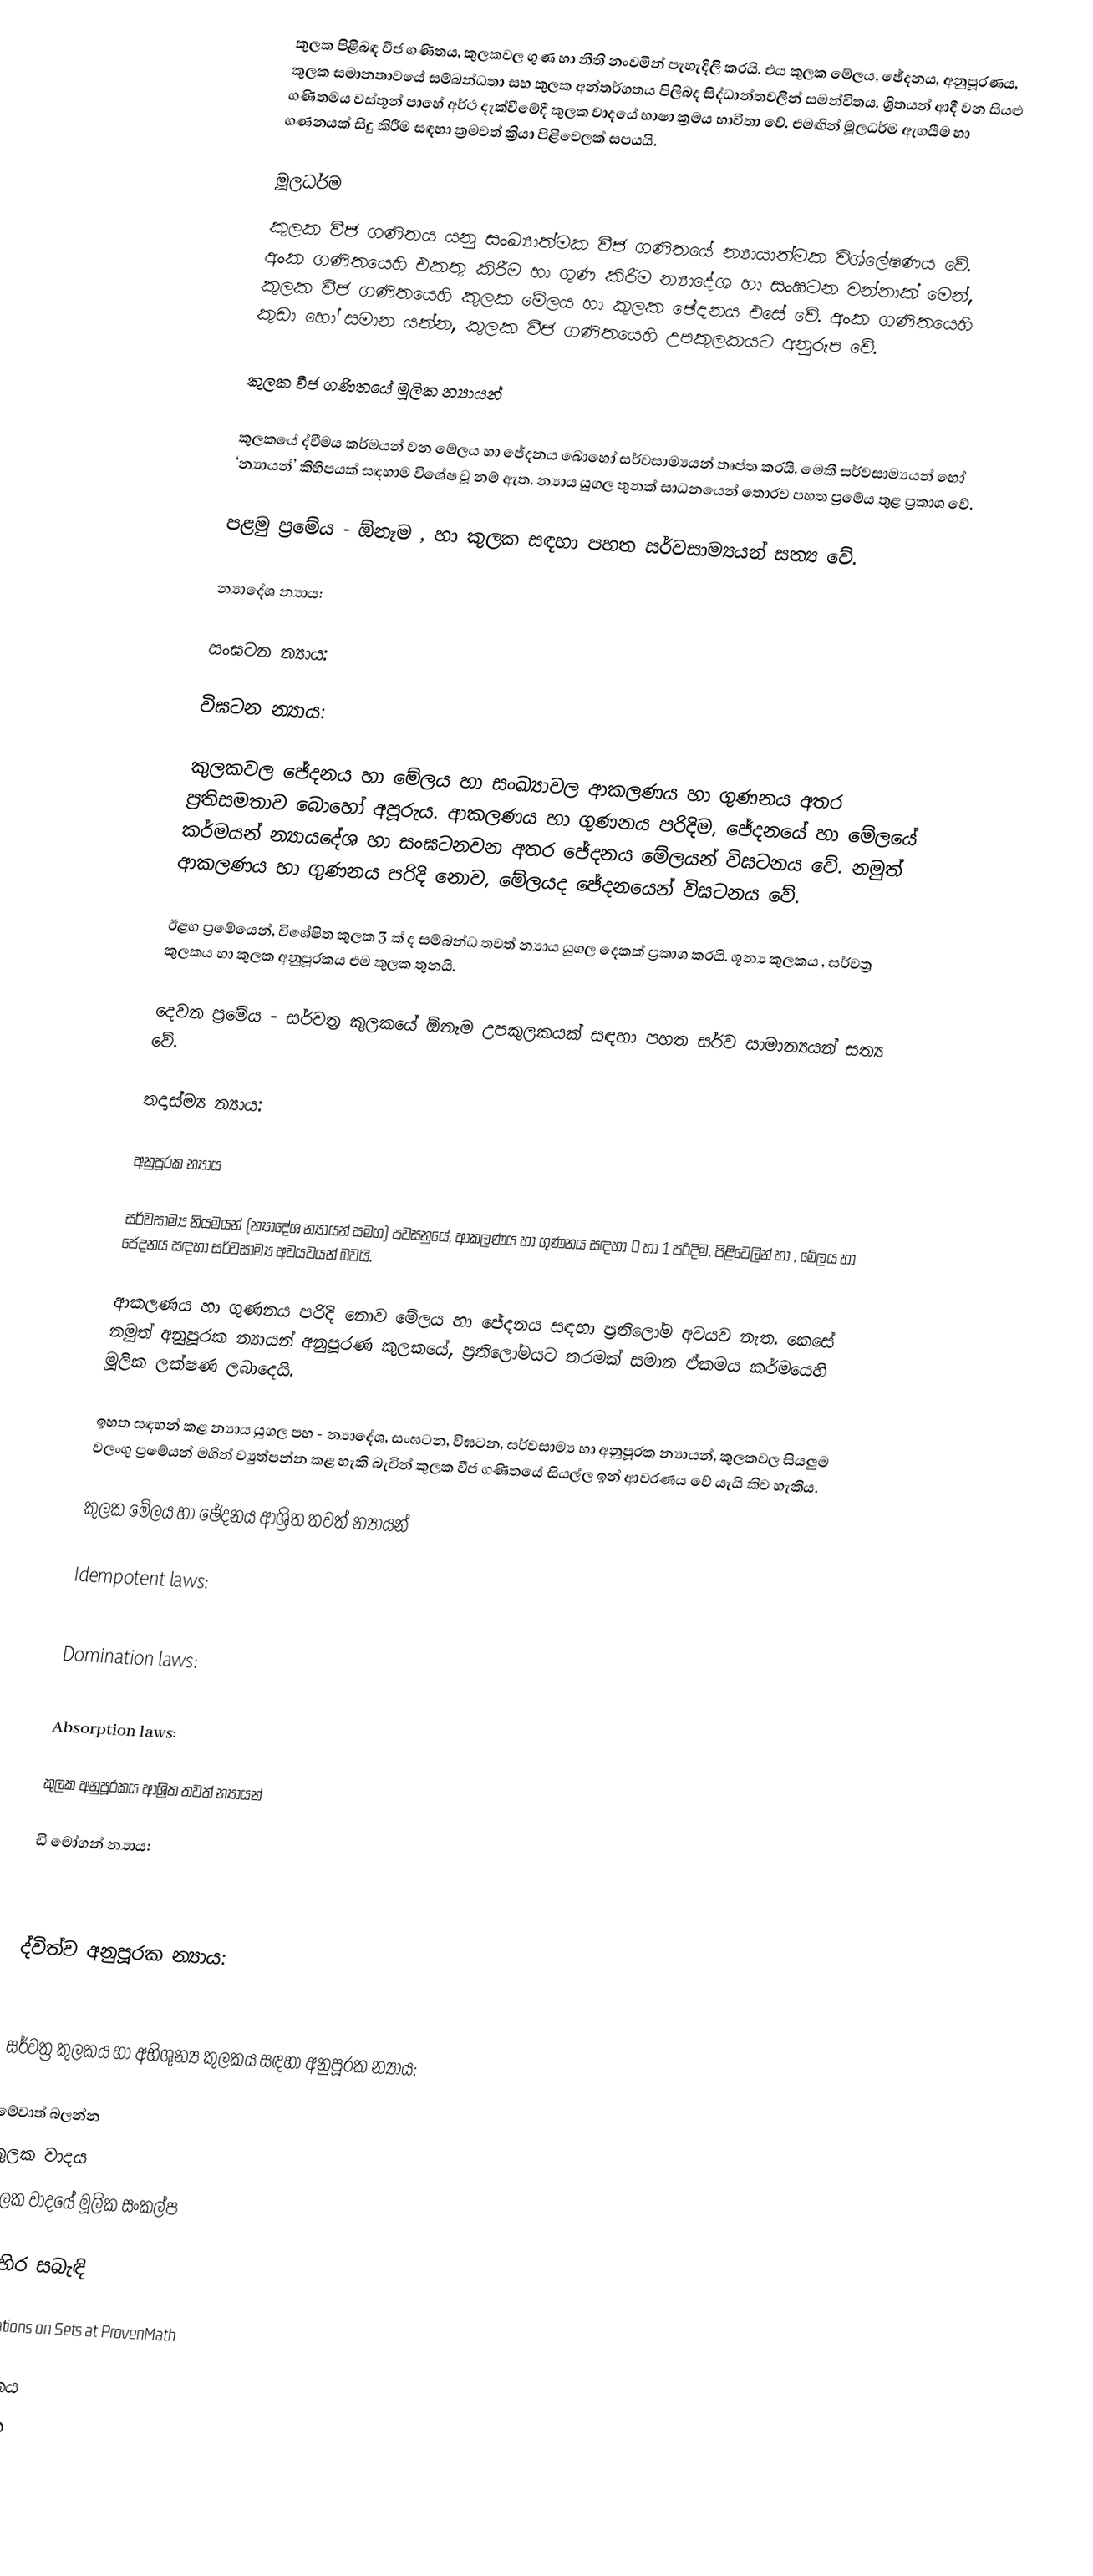
කුලක පිළිබඳ වීජ ගණිතය, කුලකවල ගුණ හා නීති නංවමින් පැහැදිලි කරයි. එය කුලක මේලය, ඡේදනය, අනුපූරණය, කුලක සමානතාවයේ සම්බන්ධතා සහ කුලක අන්තර්ගතය පිලිබද සිද්ධාන්තවලින් සමන්විතය. ශ්‍රිතයන් ආදී වන සියළු ගණිතමය වස්තූන් පාහේ අර්ථ දැක්වීමේදී කුලක වාදයේ භාෂා ක්‍රමය භාවිතා වේ. එමඟින් මූලධර්ම ඇගයීම හා ගණනයක් සිදු කිරීම සඳහා ක්‍රමවත් ක්‍රියා පිළිවෙලක් සපයයි.

මූලධර්ම
කුලක වීජ ගණිතය යනු සංඛ්‍යාත්මක වීජ ගණිතයේ න්‍යායාත්මක විශ්ලේෂණය වේ. අංක ගණිතයෙහි එකතු කිරීම හා ගුණ කිරීම න්‍යාදේශ හා සංඝටන වන්නාක් මෙන්, කුලක වීජ ගණිතයෙහි කුලක මේලය හා කුලක ඡේදනය එසේ වේ. අංක ගණිතයෙහි කුඩා හෝ සමාන යන්න, කුලක වීජ ගණිතයෙහි උපකුලකයට අනුරූප වේ.

කුලක වීජ ගණි‍තයේ මූලික න්‍යායන්

කුලකයේ ද්වීමය කර්මයන් වන මේලය හා ජේදනය බොහෝ සර්වසාම්‍යයන් තෘප්ත කරයි. මෙකී සර්වසාම්‍යයන් හෝ ‘න්‍යායන්’ කිහිපයක් සඳහාම ‍විශේෂ වූ නම් ඇත. න්‍යාය යුගල තුනක් සාධනයෙන් තොරව පහත ප්‍රමේය තුළ ප්‍රකාශ වේ.

පළමු ප්‍රමේය - ඕනෑම , හා  කුලක සඳහා පහත සර්වසාම්‍යයන් සත්‍ය වේ.

න්‍යාදේශ න්‍යාය:

සංඝටන න්‍යාය:

විඝටන න්‍යාය:

කුලකවල ජේදනය හා මේලය හා සංඛ්‍යාවල ආකලණය හා ගුණනය අතර ප්‍රතිසමතාව බොහෝ අපූරුය. ආකලණය හා ගුණනය පරිදිම, ජේදනයේ හා මේලයේ කර්මයන් න්‍යායදේශ හා සංඝටනවන අතර ජේදනය මේලයන් විඝටනය වේ. නමුත් ආකලණය හා ගුණනය පරිදි නොව, මේලයද ජේදනයෙන් විඝටනය වේ.

ඊළග ප්‍රමේයෙන්, විශේෂිත කුලක 3 ක් ද සම්බන්ධ තවත් න්‍යාය යුගල දෙකක් ප්‍රකාශ කරයි. ශූන්‍ය කුලකය , සර්වත්‍ර කුලකය හා කුලක අනුපූරකය එම කුලක තුනයි.

දෙවන ප්‍රමේය -   සර්වත්‍ර කුලකයේ ඕනෑම   උපකුලකයක් සඳහා පහත සර්ව සාමාන්‍යයන් සත්‍ය වේ.

තදාස්ම්‍ය න්‍යාය:

අනුපූරක න්‍යාය

සර්වසාම්‍ය නියමයන් (න්‍යාදේශ න්‍යායන් සමග) පවසනුයේ, ආකලණය හා ගුණනය සඳහා 0 ‍හා 1 පරිදිම, පිළිවෙලින්  හා ,  මේලය හා ජේදනය සඳහා සර්වසාම්‍ය අවයවයන් බවයි.

ආකලණය හා ගුණනය පරිදි නොව මේලය හා ජේදනය සඳහා ප්‍රතිලෝම අවයව නැත. කෙසේ නමුත් අනුපූරක න්‍යායන් අනුපූරණ කුලකයේ, ප්‍රතිලෝමයට තරමක් සමාන ඒකමය කර්මයෙහි මූලික ලක්ෂණ ලබාදෙයි.

ඉහත සඳහන් කළ න්‍යාය යුගල පහ  - න්‍යාදේශ, සංඝටන, විඝටන, සර්වසාම්‍ය හා අනුපූරක න්‍යායන්, කුලකවල සියලුම වලංගු ප්‍රමේයන් මගින් ව්‍යුත්පන්න කළ හැකි බැවින් කුලක වීජ ගණිතයේ සියල්ල ඉන් ආවරණය වේ යැයි කිව හැකිය.

කුලක මේලය හා ඡේදනය ආශ්‍රිත තවත් න්‍යායන්

 Idempotent laws:

 Domination laws:

 Absorption laws:

කුලක අනුපූරකය ආශ්‍රිත තවත් න්‍යායන්

ඩි මෝගන් න්‍යාය:

ද්විත්ව අනුපූරක න්‍යාය:

සර්වත්‍ර කුලකය හා අභිශුන්‍ය කුලකය සඳහා අනුපූරක න්‍යාය:

මේවාත් බලන්න
කුලක වාදය
කුලක වාදයේ මූලික සංකල්ප

බාහිර සබැඳි

 Operations on Sets at ProvenMath

ගණිතය
කුලක